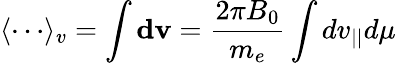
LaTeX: \langle\cdots\rangle_{v}=\int\mathbf{dv}=\frac{2\pi B_{0}}{m_{e}}\int dv_{||}d\mu